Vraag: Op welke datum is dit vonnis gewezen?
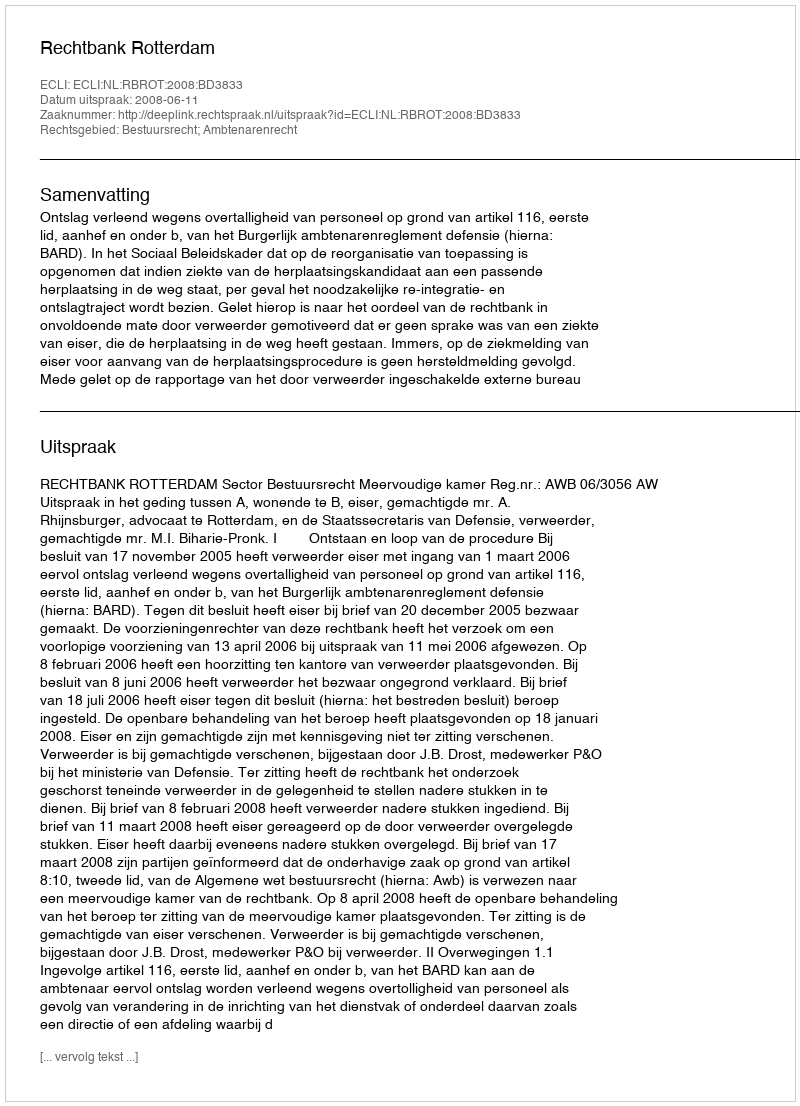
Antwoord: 2008-06-11